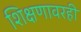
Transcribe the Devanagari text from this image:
शिक्षणावरही